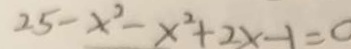
2 5 - x ^ { 2 } - x ^ { 2 } + 2 x - 1 = 0